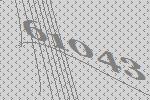
61043